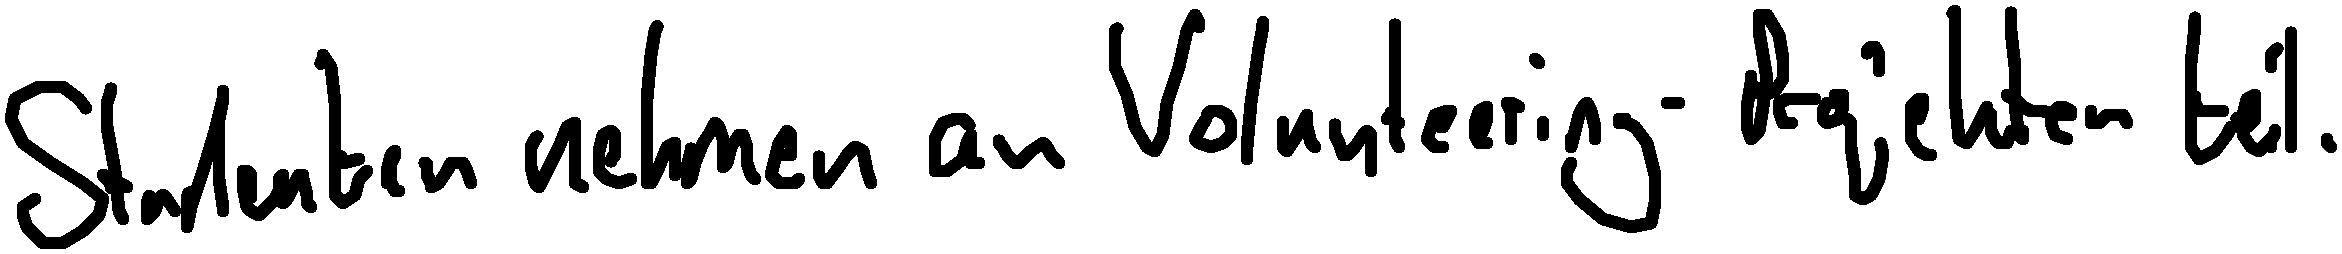
Studenten nehmen an Volunteering-Projekten teil.